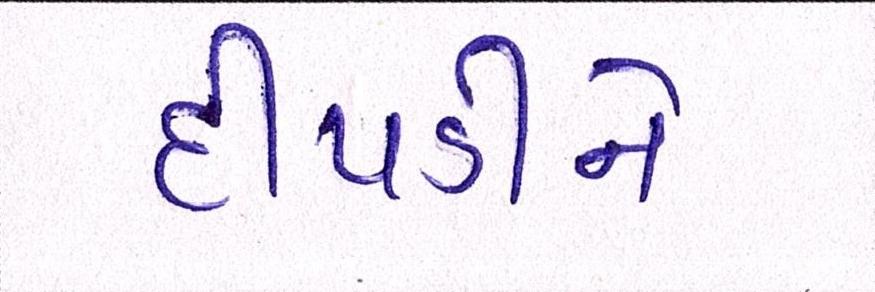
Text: દીપડીને